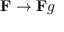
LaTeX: \mathbf { F } \rightarrow \mathbf { F } g